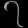
Digit: ၇